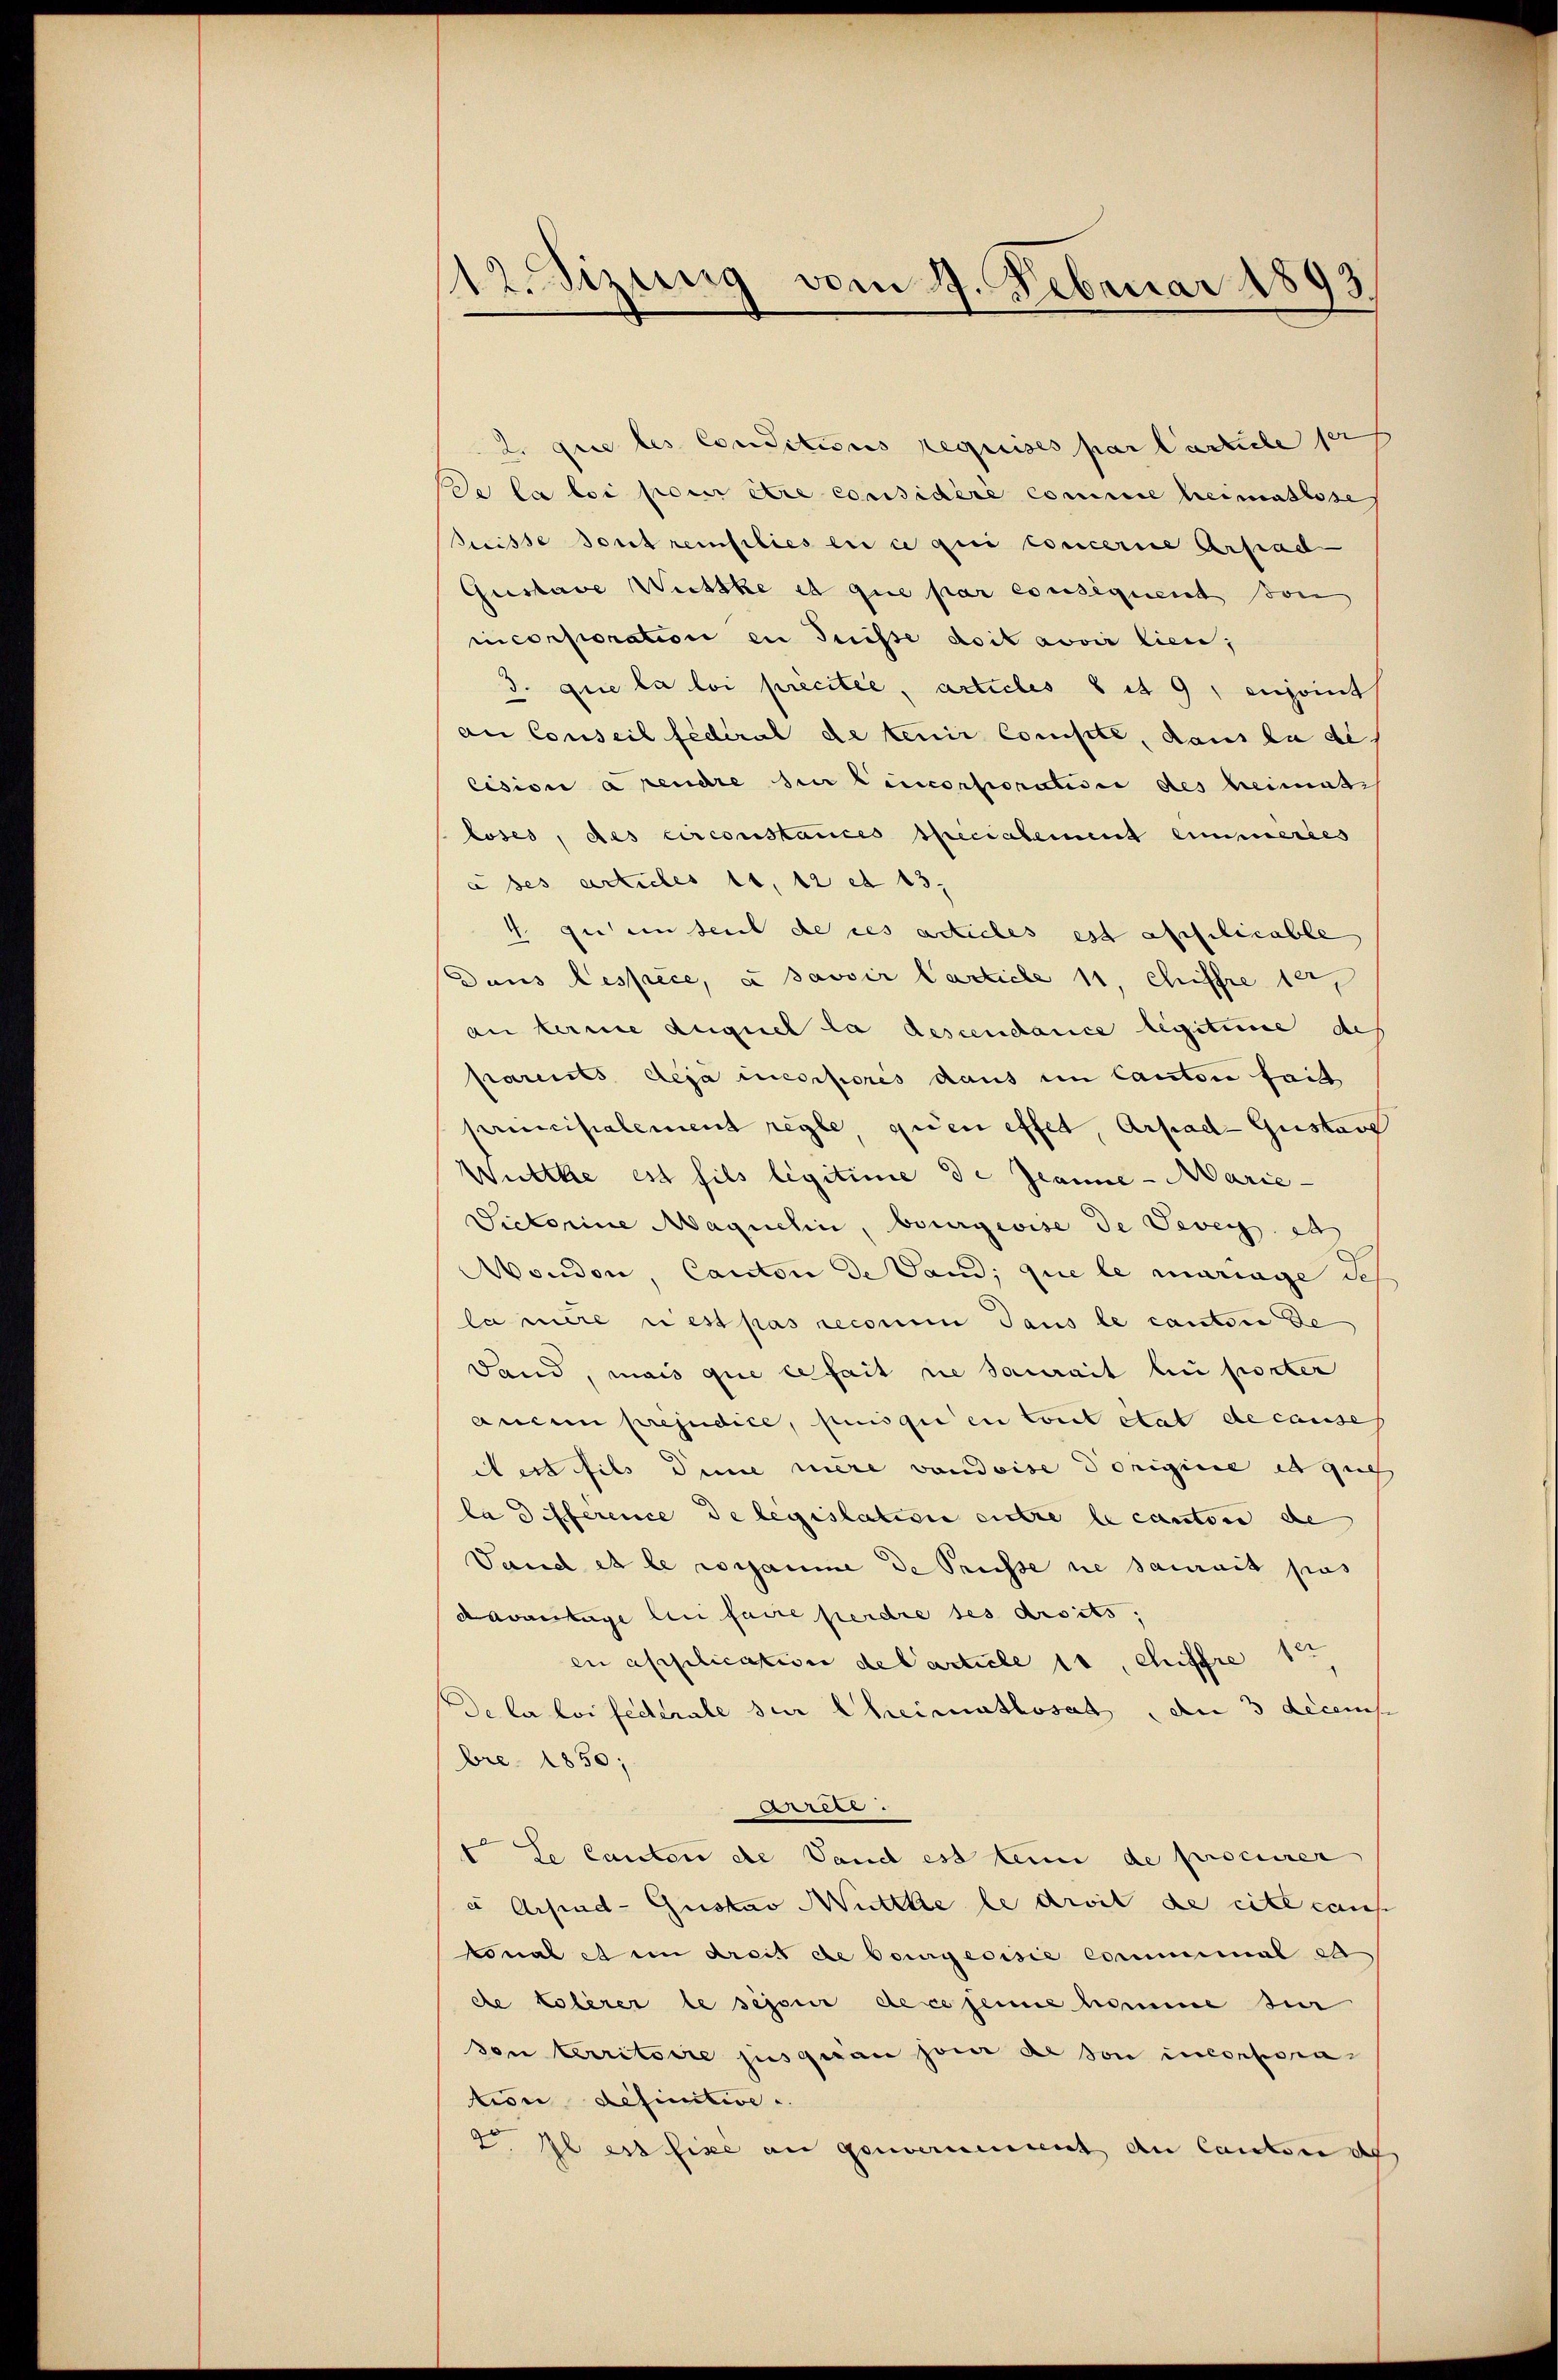
112. Sizung vom 4. Februar 1893

2. que les Conditions requises par l’article pr
De la loi pour être considéré comme heimatlose
Suisse sont remplies en ce qui concerne Arsrad
Gustave Witzke et que par consequent Bon
micorporation in Suisse doit avoir lieu,
3. que la loi précitée, articles 8 et 9, enjoint
an Conseil fédéral de tenir compte, dans la di
lision a rendre die Lincorporation des heimats
loses, des circonstances specialement eimmerles
à ses actules 11, 12 et 13.
4 guten seit de ces acticles est affilicable
Dans lespèce, à savoir Carticle 11, Chiffre 18
an terme auquel la descendance legitime de
parents deja messores daus im Canton fait
principalement regle quien effet, Arpad- Gustave
Wütte est fils legitime de Jeanne - Marie-
Dictorine Maquelin, burgeoise de Vevey de
Moudon, Canton de Vand; que le mariage des
la mite u est pas reconi dans le canton de
Land, mais que cesait sie saurait au porter
aucun préjudice, puisgi en Cont etat de causes
dert fils die niere vaudoise Dorigine et qu
la différence de legislation entre le canton de
Sand es le rossamme de Trüsse ne saurait pas
davantage an faire perdre ses droits,
en application de l’article 11, Chiffre 18
de la loi federale sur lheimatloset, den 3 decens
bre 1850;
iee
t le Canton de Vand est ten de procurer
à Arhiad-Gustav Mütte le droit de cite caus
tonal et in dreis de bourgeoisie Comminal et
de tolerer le sessur dese seine homme sie
son territoire jusquan jener de son inconseren
tion definitive u.
. Il es fixe an genvernennent de lauten de